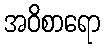
အဝိစာရော